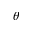
\theta